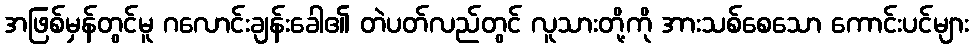
အဖြစ်မှန်တွင်မူ ဂလောင်းချန်းခေါ၏ တဲပတ်လည်တွင် လူသားတို့ကို အားသစ်စေသော ကောင်းပင်များ